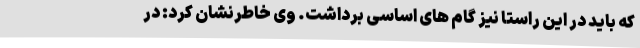
که باید در این راستا نیز گام های اساسی برداشت. وی خاطرنشان کرد: در